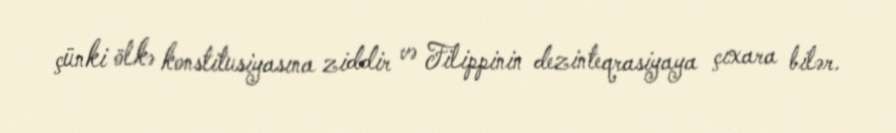
çünki ölkə konstitusiyasına ziddir və Filippinin dezinteqrasiyaya çıxara bilər.